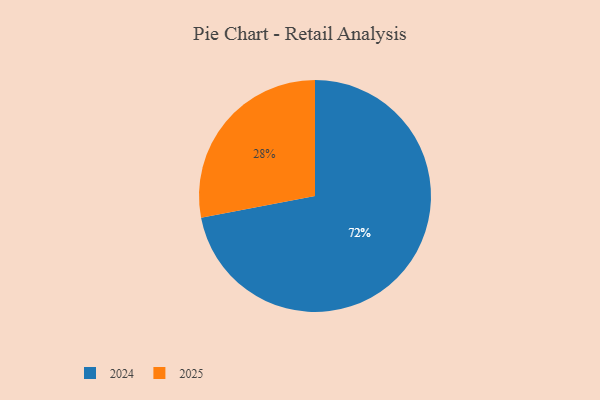
{"axis": {"x": "Category", "y": "Percentage"}, "legend": ["2024", "2025"], "data": [{"x": "2025", "y": 28, "type": "2025"}, {"x": "2024", "y": 72, "type": "2024"}]}